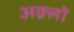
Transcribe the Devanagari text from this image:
अक़्लों